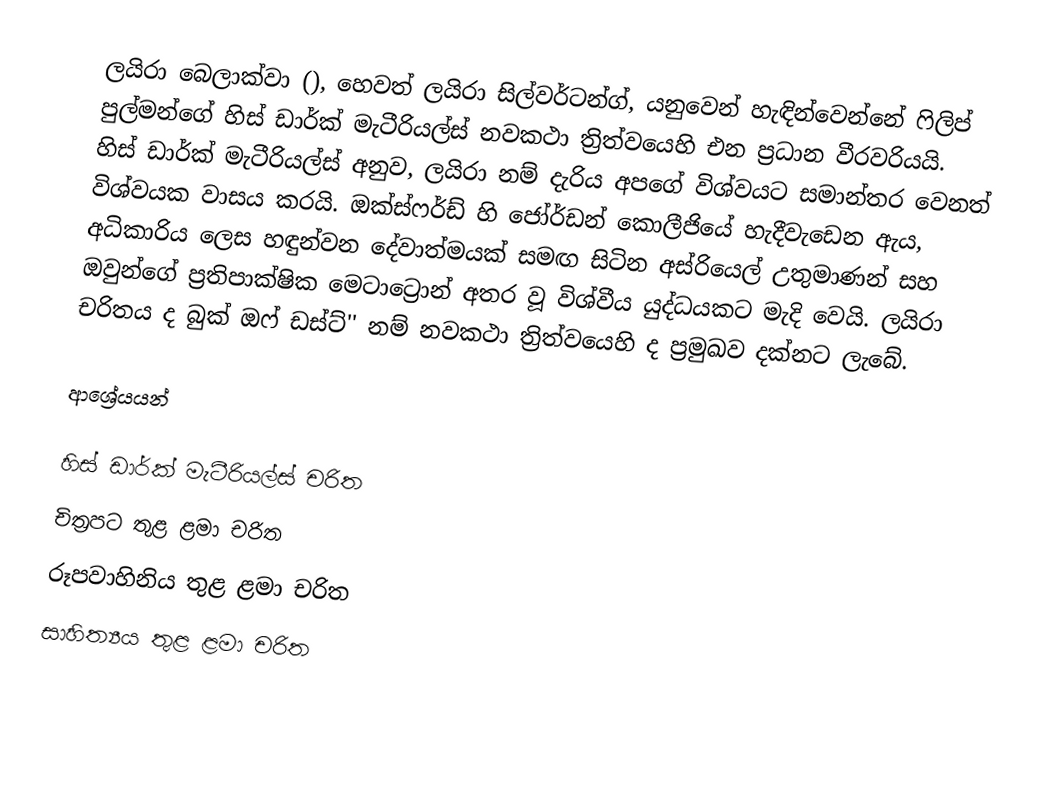
ලයිරා බෙලාක්වා (), හෙවත් ලයිරා සිල්වර්ටන්ග්, ‍යනුවෙන් හැඳින්වෙන්නේ ෆිලිප් පුල්මන්ගේ හිස් ඩාර්ක් මැටීරියල්ස් නවකථා ත්‍රිත්වයෙහි එන ප්‍රධාන වීරවරියයි. හිස් ඩාර්ක් මැටීරියල්ස් අනුව, ලයිරා නම් දැරිය අපගේ විශ්වයට සමාන්තර වෙනත් විශ්වයක වාසය කරයි. ඔක්ස්ෆර්ඩ් හි ජෝර්ඩන් කොලීජියේ හැදීවැඩෙන ඇය, අධිකාරිය ලෙස හඳුන්වන දේවාත්මයක් සමඟ සිටින අස්රියෙල් උතුමාණන් සහ ඔවුන්ගේ ප්‍රතිපාක්ෂික මෙටාට්‍රොන් අතර වූ විශ්වීය යුද්ධයකට මැදි වෙයි. ලයිරා චරිතය ද බුක් ඔෆ් ඩස්ට්'' නම් නවකථා ත්‍රිත්වයෙහි ද ප්‍රමුඛව දක්නට ලැබේ.

ආශ්‍රේයයන්

හිස් ඩාර්ක් මැටීරියල්ස් චරිත
චිත්‍රපට තුළ ළමා චරිත
රූපවාහිනිය තුළ ළමා චරිත
සාහිත්‍යය තුළ ළමා චරිත